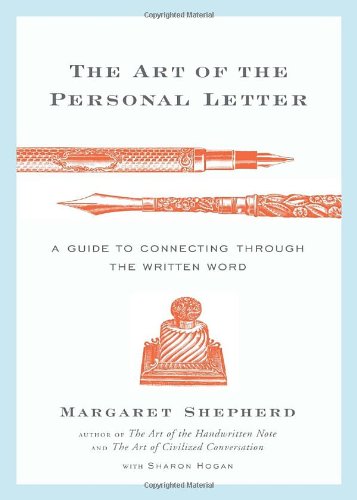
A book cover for The Art of the Personal Letter: A Guide to Connecting Through the Written Word; Margaret Shepherd; Reference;